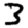
Digit: 3